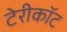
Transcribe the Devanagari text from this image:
टेरीकॉट